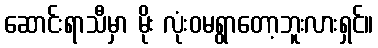
ဆောင်းရာသီမှာ မိုး လုံးဝမရွာတော့ဘူးလားရှင်။